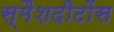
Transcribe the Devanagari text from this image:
स्मैशदीटोंस